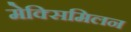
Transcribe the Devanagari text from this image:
मेक्सिमिलन